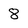
Character: 8